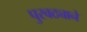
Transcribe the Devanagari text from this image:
पुरवठ्याने